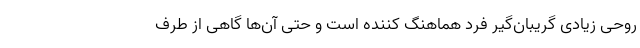
روحی زیادی گریبان‌گیر فرد هماهنگ کننده است و حتی آن‌ها گاهی از طرف